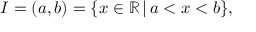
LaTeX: I = ( a , b ) = \{ x \in \mathbb { R } \, | \, a < x < b \} ,